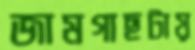
জামগাছটায়